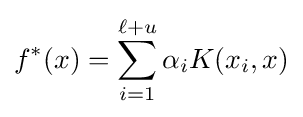
f^{*}(x)=\sum _{i=1}^{\ell +u}\alpha _{i}K(x_{i},x)